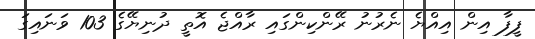
ފީފާ އިން އިއްޔެ ނެރުނު ރޭންކިންގައި ރާއްޖެ އޮތީ ދުނިޔޭގެ 103 ވަނައިގަ